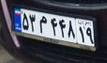
۵۳م۴۴۸۱۹